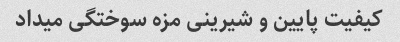
کیفیت‌ پایین و شیرینی مزه سوختگی میداد